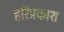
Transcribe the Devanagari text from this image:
हरिप्रकाश